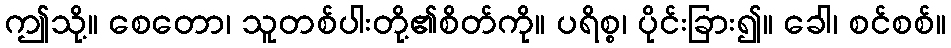
ဤသို့။ စေတော၊ သူတစ်ပါးတို့၏စိတ်ကို။ ပရိစ္စ၊ ပိုင်းခြား၍။ ခေါ၊ စင်စစ်။